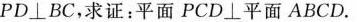
PD\bot BC，求证：平面PCD\bot 平面ABCD。